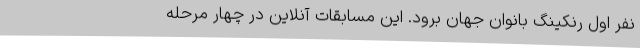
نفر اول رنکینگ بانوان جهان برود. این مسابقات آنلاین در چهار مرحله